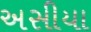
અસીયા